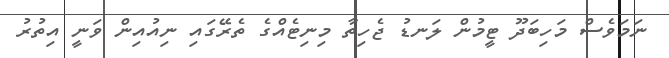
ނަމަވެސް މަހިބަދޫ ޓީމުން ލަނޑު ޖެހިތާ މިނިޓެއްގެ ތެރޭގައި ނިއުއިން ވަނީ އިތުރު